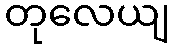
တုလေယျ